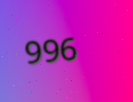
996